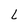
Character: L